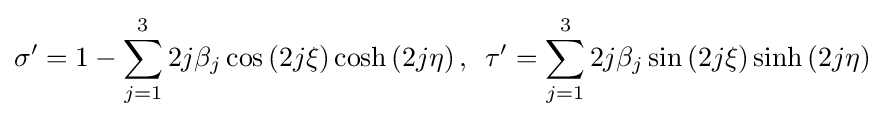
\sigma '=1-\sum _{j=1}^{3}2j\beta _{j}\cos \left(2j\xi \right)\cosh \left(2j\eta \right),\,\,\,\tau '=\sum _{j=1}^{3}2j\beta _{j}\sin \left(2j\xi \right)\sinh \left(2j\eta \right)